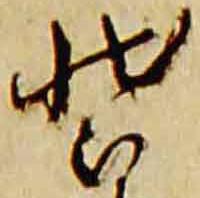
装